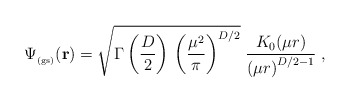
\begin{align*}\Psi_{_{\rm (gs)}} ({\bf r})=\sqrt{\Gamma \left( \frac{D}{2} \right) \,\left( \frac{\mu^{2}}{\pi}\right)^{D/2}}\;\frac{K_{0} (\mu r)}{ \left( \mu r \right)^{D/2 -1} }\; ,\end{align*}